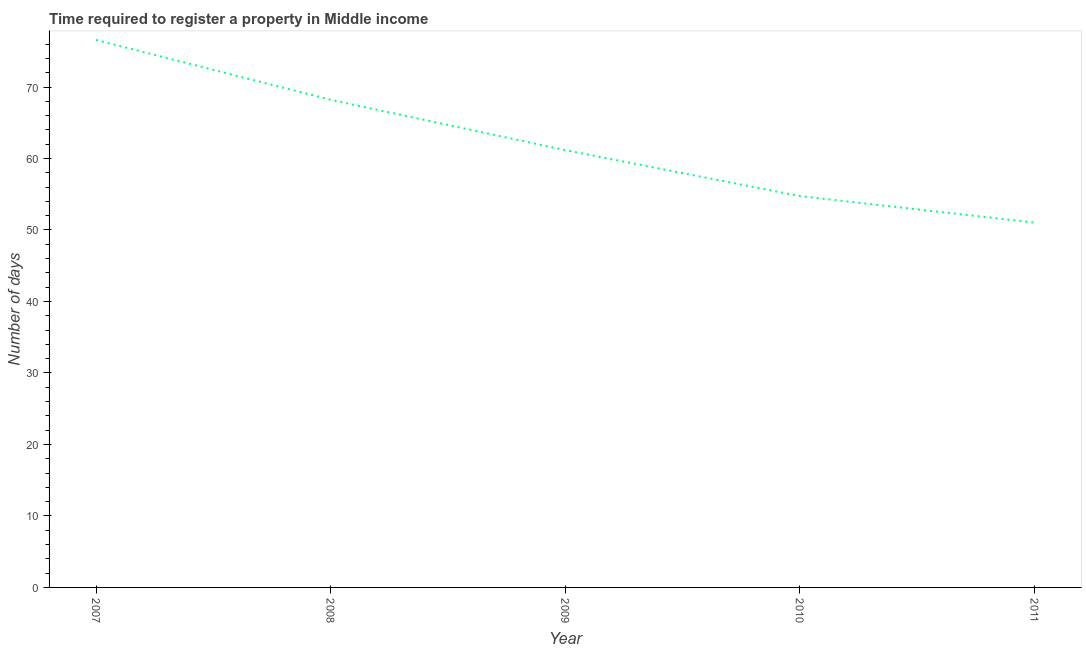
| Year | Register property |
 | --- | --- |
 | 2007 | 76.6 |
 | 2008 | 68.2 |
 | 2009 | 61.2 |
 | 2010 | 54.7 |
 | 2011 | 51 |